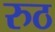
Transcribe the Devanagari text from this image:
रुठ